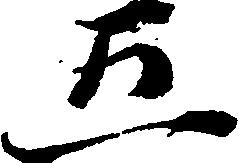
五